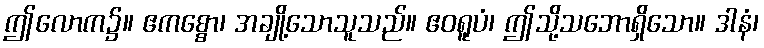
ဤလောက၌။ ဧကစ္စော၊ အချို့သောသူသည်။ ဧဝရူပံ၊ ဤသို့သဘောရှိသော။ ဒါနံ၊